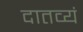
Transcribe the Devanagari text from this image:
दातव्यं